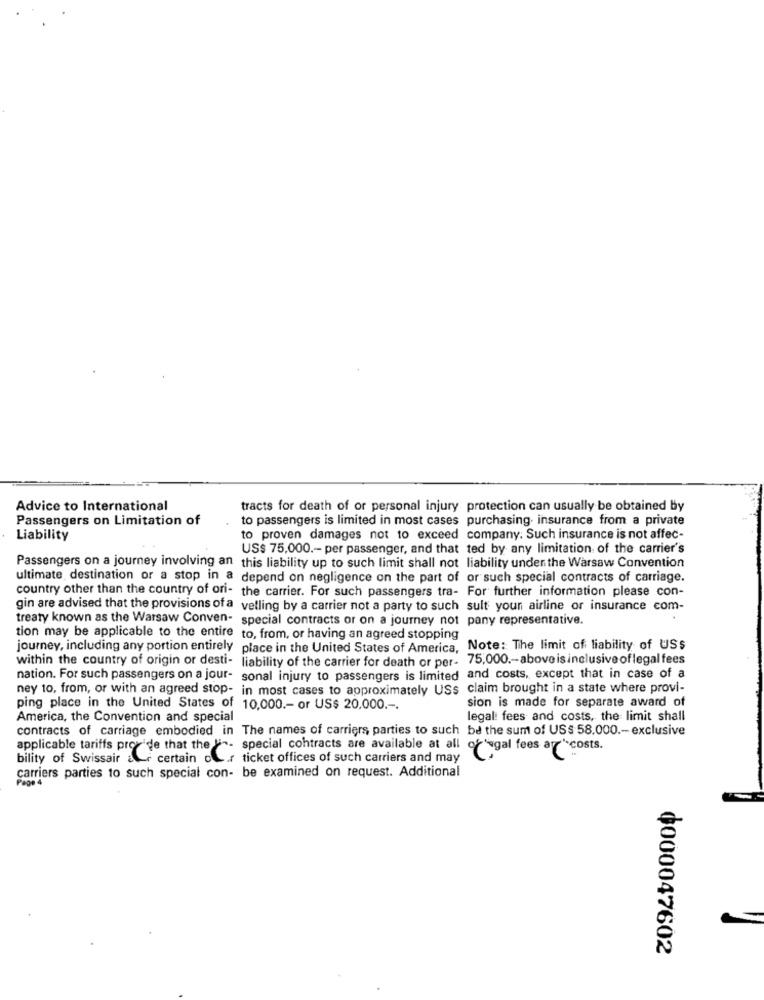
Advice to International
tracts for death of or personal injury protection can usually be obtained by
Passengers on Limitation of
to passengers is limited in most cases purchasing. insurance from a private
Liability
to proven damages not to exceed company: Such insurance is not affec-
US$ 75,000 .- per passenger, and that ted by any limitation of the carrier's
Passengers on a journey involving an this liability up to such limit shall not liability under the Warsaw Convention
ultimate destination or a stop in a depend on negligence on the part of or such special contracts of carriage.
country other than the country of oni- the carrier. For such passengers tra- For further information please con-
gin are advised that the provisions of a velling by a carrier not a party to such sult your airline or insurance com-
treaty known as the Warsaw Conven- special contracts or on a journey not pany representative.
tion may be applicable to the entire to, from, or having an agreed stopping
journey, including any portion entirely place in the United States of America, Note: The limit of liability of US$
within the country of origin or desti- liability of the carrier for death or per- 75,000 .- aboveisinclusive oflegal fees
nation. For such passengers on a jour- sonal injury to passengers is limited and costs, except that in case of a
ney to, from, or with an agreed stop- in most cases to approximately USs claim brought in a state where provi-
sion is made for separate award of
ping place in the United States of 10,000 .- or US$ 20,000 .-.
America, the Convention and special
legal fees and costs, the limit shall
contracts of carriage embodied in The names of carriers parties to such be the sum of US$ 58.000 .- exclusive
applicable tariffs provide that the ". special contracts are available at all or"egal fees ar" costs.
bility of Swissair a certain of ticket offices of such carriers and may
carriers parties to such special con- be examined on request. Additional
¢000047602